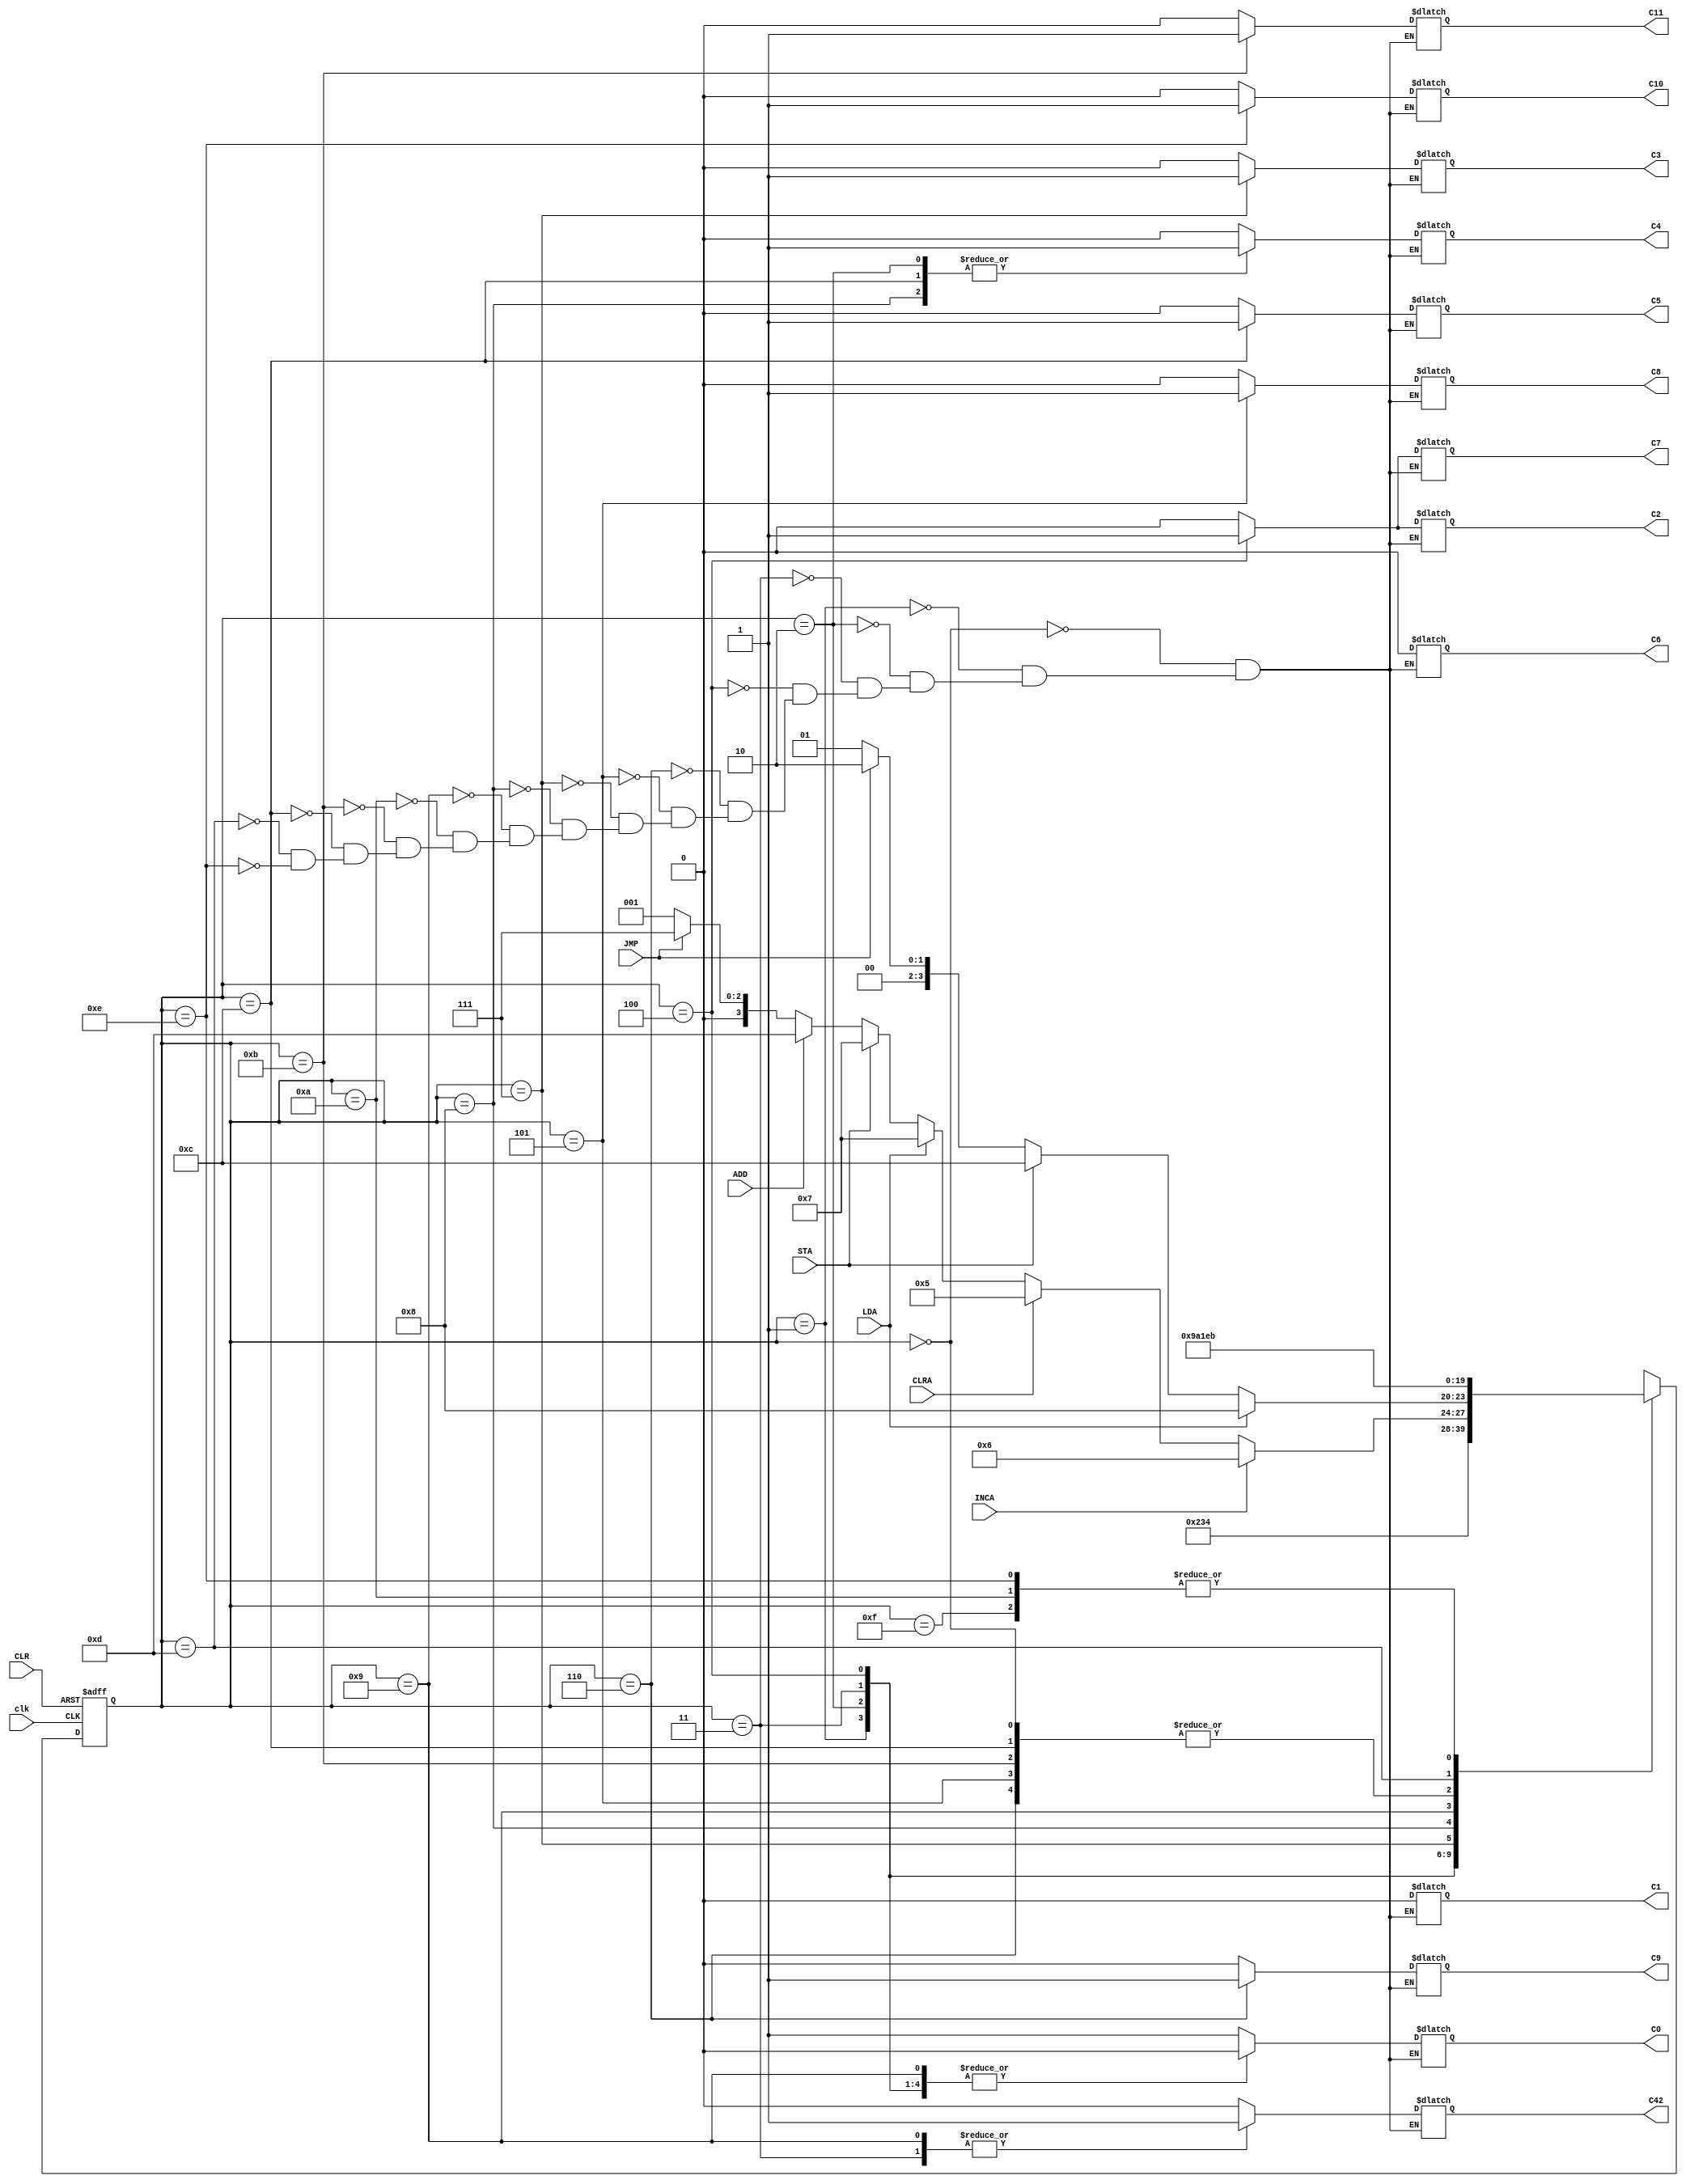
module controllerV2( clk, CLR,INCA,CLRA,LDA,STA,ADD,JMP,C0,C2,C3,C4,C42,C7,C8,C9,C1,C5,C6,C10,C11);

   input clk, CLR, INCA, CLRA, LDA,STA,ADD, JMP;
   output C0,C2,C3,C4,C42,C7,C8,C9,C1,C5,C6,C10,C11;

   reg [3:0] state;
   reg C0,C2,C3,C4,C42,C7,C8,C9,C1,C5,C6,C10,C11;

   always @( posedge clk, posedge CLR )
   begin
   if( CLR )
       state <= 4'b0000;   
   else
	begin
       case( state )
       4'b0000://State A
       begin
            if(1) state <= 4'b0001;
            else state <= 4'b0001;
       end

       4'b0001://State B
       begin
            if(1)state <= 4'b0010;
            else state <= 4'b0010;
       end

       4'b0010://State C
       begin
            if(1) state <= 4'b0011;
            else state <= 4'b0011;
       end

       4'b0011://State D
       begin
            if(1) state <= 4'b0100;
            else state <= 4'b0100;
       end
		 
		 4'b0100://State E
       
		 begin
            if(INCA)begin
				state <= 4'b0110; //If Increment Accumulator is active, go to state F
            end else if(CLRA) begin
				state <= 4'b0101;// If Clear Accumulator is active, go to State G	
				end else if(LDA) begin
				state <= 4'b0111;//If Load go to state H branch later
				end else if(STA) begin
				state <= 4'b0111;//If store go to state H branch later
				end else if (ADD)begin
				state <=4'b1101;//If add go to state N
				end else if (JMP) begin
				state <=4'b0111;//If store go to state H branch later
				end else begin
				state <=4'b0001;//if nothing else go to state B
				end
       end		
		 
		 4'b0110://State F
       begin
            if(1) state <= 4'b0001; //go back to B not A
            else state <= 4'b0001;
       end
		 
		 4'b0101://State G
       begin
            if(1) state <= 4'b0001; //go back to B not A
            else state <= 4'b0001;
       end
		 
		 4'b0111://State H
       begin
            if(LDA) begin //If load go to statego to state I
				state <=4'b1000;
				end else if(STA) begin //If Load go to state M
				state <= 4'b1100;
				end else if(JMP) begin //If Jump go back to state C
				state <= 4'b0010;
				end else begin //If neither go back to State B fail-safe for troubleshooting
				state <= 4'b0001;
				end
       end
		 
		 4'b1000://State I
       begin
            if(1) state <= 4'b1001;//Go to state J
            else state <= 4'b0001;
       end
		 
		 4'b1001://State J
       begin
            if(1) state <= 4'b1010;//Go to state K
            else state <= 4'b0001;
       end
		 
		 4'b1010://State K
       begin
            if(1) state <= 4'b1011;//Go to state L
            else state <= 4'b0001;
       end
		 
		 4'b1011://State L
       begin
            if(1) state <= 4'b0001;//Go back to state B for next Instruction
            else state <= 4'b0001;
       end
		 
		 4'b1100://State M
       begin
            if(1) state <= 4'b0001;//Go back to state B for next Instruction
            else state <= 4'b0001;
       end
		 
		 4'b1101://State N
       begin
            if(1) state <= 4'b1110;//Go to State O
            else state <= 4'b0001;
       end
		 
		 4'b1110://State O
       begin
            if(1) state <= 4'b1011;//Go to state L
            else state <= 4'b0001;
       end
		 
		 4'b1111://State X
       begin
            if(1) state <= 4'b1011;//Go to state L
            else state <= 4'b0001;
       end
		 
		 
       endcase
   end
end


always @(state)begin
  case(state)
  4'b0000: {C0,C2,C3,C4,C42,C7,C8,C9,C1,C5,C6,C10,C11}=13'b1000000000000;//State A activate C0
  4'b0001: {C0,C2,C3,C4,C42,C7,C8,C9,C1,C5,C6,C10,C11}=13'b0000000000000;//State B activate C3--Off at this point (select PC)
  4'b0010: {C0,C2,C3,C4,C42,C7,C8,C9,C1,C5,C6,C10,C11}=13'b0001000000000;//State C activate C4 Read Memory
  4'b0011: {C0,C2,C3,C4,C42,C7,C8,C9,C1,C5,C6,C10,C11}=13'b0000100000000;//State D activate C42 Transfer memory
  4'b0100: {C0,C2,C3,C4,C42,C7,C8,C9,C1,C5,C6,C10,C11}=13'b0100010000000;//S activate C2 and C7
  4'b0110: {C0,C2,C3,C4,C42,C7,C8,C9,C1,C5,C6,C10,C11}=13'b0000000100000;//State F activate C9
  4'b0101: {C0,C2,C3,C4,C42,C7,C8,C9,C1,C5,C6,C10,C11}=13'b0000001000000;//State G activate C8
  //added for part B
  4'b0111: {C0,C2,C3,C4,C42,C7,C8,C9,C1,C5,C6,C10,C11}=13'b0010000000000;//State H activate C3--C3 on at this point (select MDO) (Jump)
  4'b1000: {C0,C2,C3,C4,C42,C7,C8,C9,C1,C5,C6,C10,C11}=13'b0001000000000;//State I activate C4 Read Memory
  4'b1001: {C0,C2,C3,C4,C42,C7,C8,C9,C1,C5,C6,C10,C11}=13'b0000100000000;//State J activate C42 Transfer memory
  4'b1010: {C0,C2,C3,C4,C42,C7,C8,C9,C1,C5,C6,C10,C11}=13'b0000000000000;//State K activate C10=0 ACC Select<-MDO
  4'b1011: {C0,C2,C3,C4,C42,C7,C8,C9,C1,C5,C6,C10,C11}=13'b0000000000001;//State L activate C11 ACC<-MDI (Load)
  4'b1100: {C0,C2,C3,C4,C42,C7,C8,C9,C1,C5,C6,C10,C11}=13'b0001000001000;//State M activate C5 C4 Write to memory (Store)
  4'b1101: {C0,C2,C3,C4,C42,C7,C8,C9,C1,C5,C6,C10,C11}=13'b0000000000000;//State N activate C15 and C14 Add=00, 
  4'b1110: {C0,C2,C3,C4,C42,C7,C8,C9,C1,C5,C6,C10,C11}=13'b0000000000010;//State 0 activate C10=1 Select ALU for ACC
 endcase 	
end
endmodule